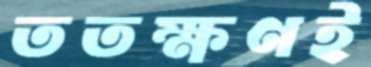
ততক্ষণই